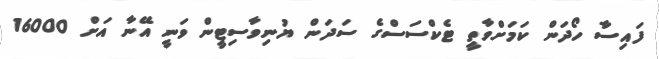
ފައިސާ ހޯދަން ކަމަށްވާތީ ޓެކްސަސްގެ ސަދަން ޔުނިވާސިޓީން ވަނީ އޭނާ އަށް 16000